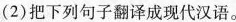
（2)把下列句子翻译成现代汉语。